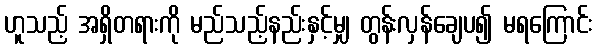
ဟူသည့် အရှိတရားကို မည်သည့်နည်းနှင့်မျှ တွန်းလှန်ချေပ၍ မရကြောင်း